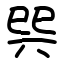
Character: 巺